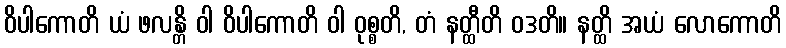
ဝိပါကောတိ ယံ ဖလန္တိ ဝါ ဝိပါကောတိ ဝါ ဝုစ္စတိ, တံ နတ္ထီတိ ဝဒတိ။ နတ္ထိ အယံ လောကောတိ